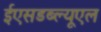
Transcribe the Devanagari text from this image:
ईएसडब्ल्यूएल